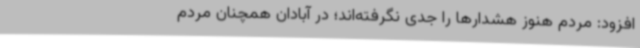
افزود: مردم هنوز هشدارها را جدی نگرفته‌اند؛ در آبادان همچنان مردم